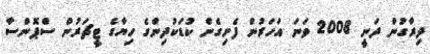
ދިރާގުން ދަނީ 2008 ވަަނަ އަހަރުން ފެށިގެން ކުޑަކުދިންގެ ހިޔާގެ ޓީޗަރުން ސްޕޮންސާ